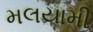
મલયામી